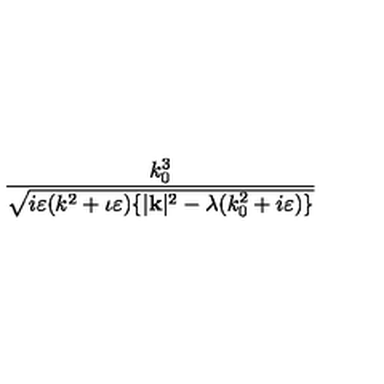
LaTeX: \frac { k _ { 0 } ^ { 3 } } { \sqrt { i \varepsilon ( k ^ { 2 } + \iota \varepsilon ) \{ | \mathbf { k } | ^ { 2 } - \lambda ( k _ { 0 } ^ { 2 } + i \varepsilon ) \} } }